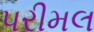
પરીમલ